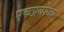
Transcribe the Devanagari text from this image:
एकप्रयोज्य